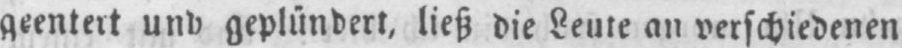
geentert und geplündert, ließ die Leute an verschiedenen